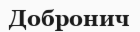
Добронич